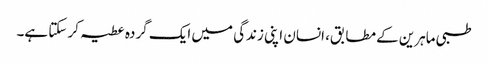
طبی ماہرین کے مطابق، انسان اپنی زندگی میں ایک گردہ عطیہ کر سکتا ہے۔